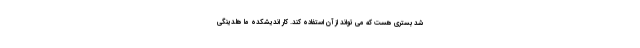
شد بستری هست که می تواند از آن استفاده کند. کار اندیشکده ما هلدینگی